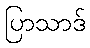
ပြာသာဒ်